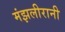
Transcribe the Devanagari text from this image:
मंझलीरानी